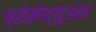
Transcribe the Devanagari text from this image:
प्रोमेथ्युअस